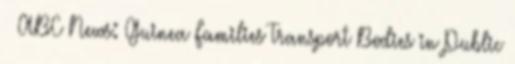
↑ ABC News: Guinea Families Transport Bodies in Public